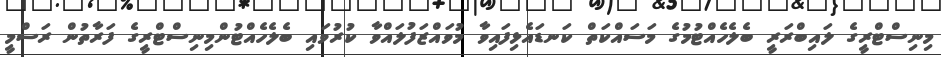
މިނިސްޓްރީގެ ލައިބްރަރީ ބެލެހެއްޓުމުގެ މަސައްކަތް ކަނޑައެޅިފައިވާ މުވައްޒަފުލައްވާ ކުރުވައި ބެލެހެއްޓުންމިނިސްޓްރީގެ ފަރާތުން ރަސްމީ